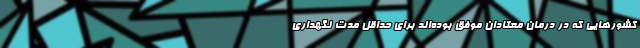
کشورهایی که در درمان معتادان موفق بوده‌اند برای حداقل مدت نگهداری